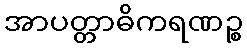
အာပတ္တာဓိကရဏဉ္စ